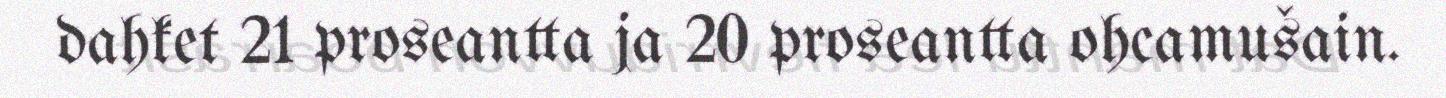
dahket 21 proseantta ja 20 proseantta ohcamušain.